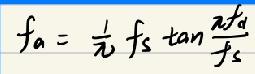
\[ f_{a}=\frac{1}{\pi}f_{s}\tan\frac{\pi f_{a}}{f_{s}} \]